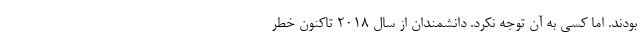
بودند. اما کسی به آن توجه نکرد. دانشمندان از سال ۲۰۱۸ تاکنون خطر